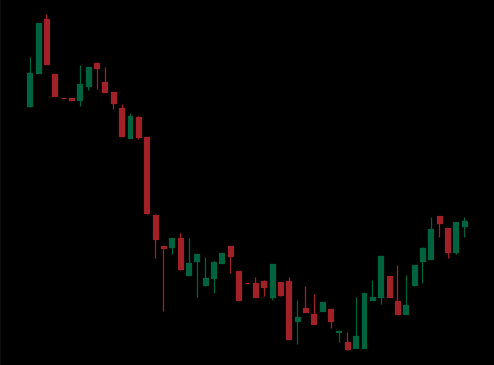
Pattern: bull_flag